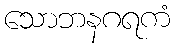
သောဘနဂရကံ